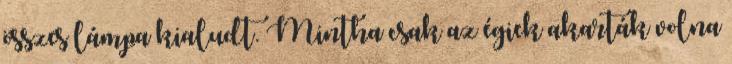
összes lámpa kialudt. Mintha csak az égiek akarták volna